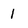
Character: 1